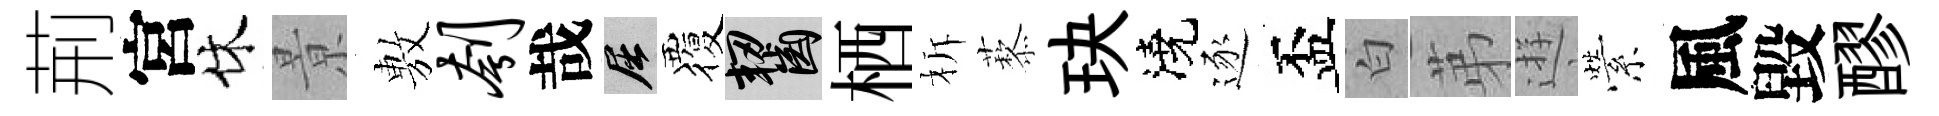
荊宮休㬌𢾾刳哉屈覆齧栖柝藜玦澆逐盃白苐逰縈風毀醪